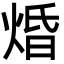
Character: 焝